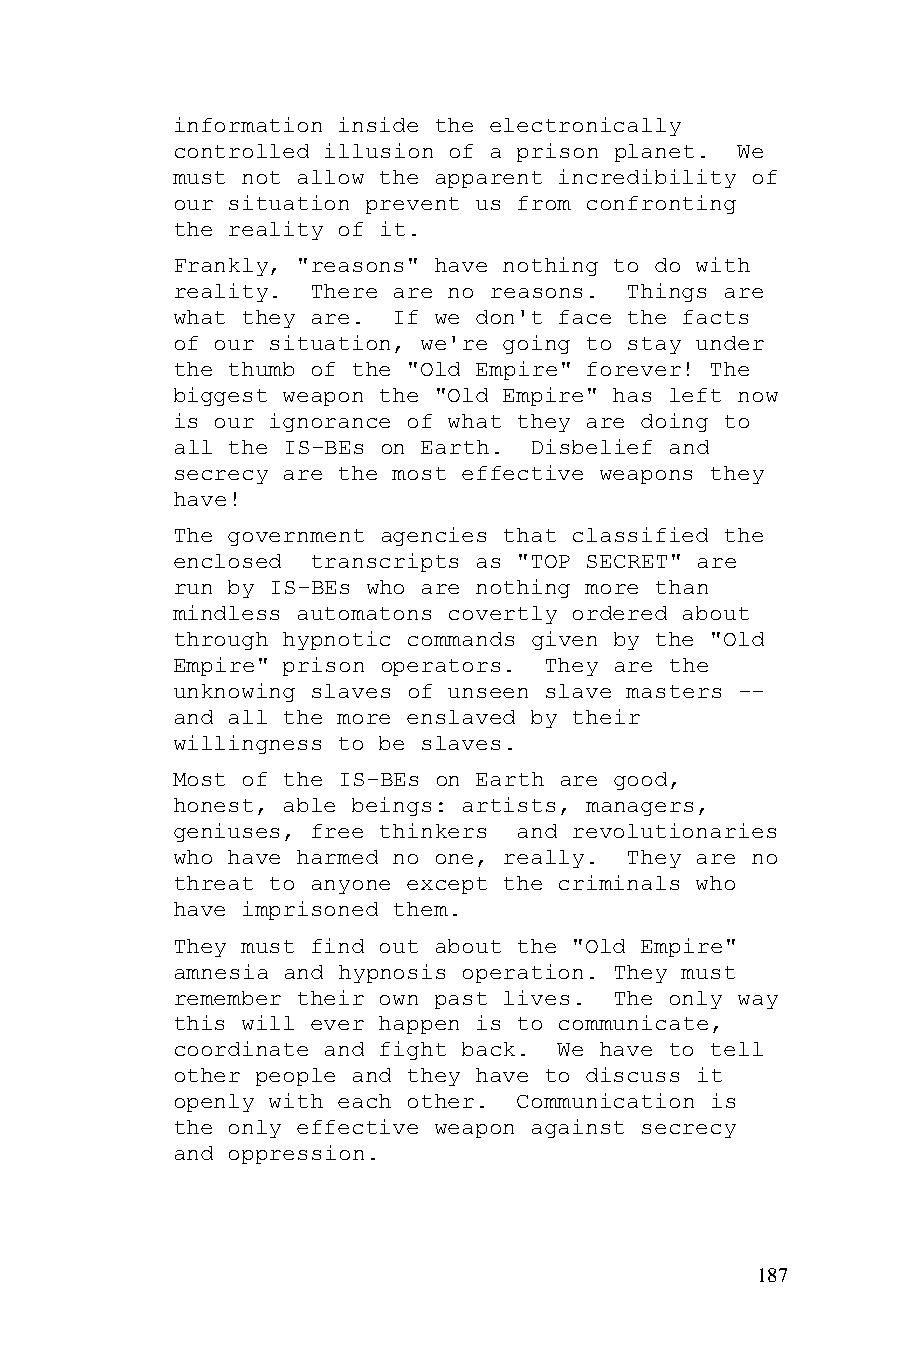
information inside the electronically
 controlled illusion of a prison planet. We
 must not allow the apparent incredibility of
 our situation prevent us from confronting
 the reality of it.
 Frankly, "reasons" have nothing to do with
 reality.  There are no reasons. Things are
 what they are. If we don't face the facts
 of our situation, we're going to stay under
 the thumb of the "Old Empire" forever! The
 biggest weapon the "Old Empire" has left now
 is our ignorance of what they are doing to
 all the IS-BEs on Earth. Disbelief and
 secrecy are the most effective weapons they
 have!
 The government agencies that classified the
 enclosed  transcripts as "TOP SECRET" are
 run by IS-BEs who are nothing more than
 mindless automatons covertly ordered about
 through hypnotic commands given by the "Old
 Empire" prison operators. They are the
 unknowing slaves of unseen slave masters --
 and all the more enslaved by their
 willingness to be slaves.
 Most of the IS-BEs on Earth are good,
 honest, able beings: artists, managers,
 geniuses, free thinkers and revolutionaries
 who have harmed no one, really. They are no
 threat to anyone except the criminals who
 have imprisoned them.
 They must find out about the "Old Empire"
 amnesia and hypnosis operation. They must
 remember their own past lives. The only way
 this will ever happen is to communicate,
 coordinate and fight back. We have to tell
 other people and they have to discuss it
 openly with each other. Communication is
 the only effective weapon against secrecy
 and oppression.
 187